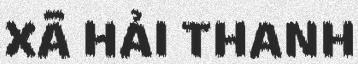
XÃ HẢI THANH